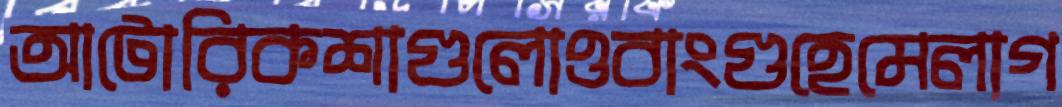
আটোরিকশাগুলোওবাংগুহেমেলাগ